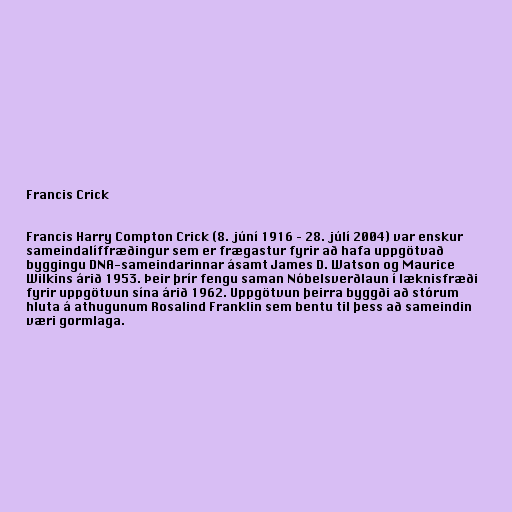
Francis Crick

Francis Harry Compton Crick (8. júní 1916 – 28. júlí 2004) var enskur
sameindalíffræðingur sem er frægastur fyrir að hafa uppgötvað
byggingu DNA-sameindarinnar ásamt James D. Watson og Maurice
Wilkins árið 1953. Þeir þrír fengu saman Nóbelsverðlaun í læknisfræði
fyrir uppgötvun sína árið 1962. Uppgötvun þeirra byggði að stórum
hluta á athugunum Rosalind Franklin sem bentu til þess að sameindin
væri gormlaga.